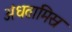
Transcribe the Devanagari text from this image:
अंधतामिस्र